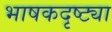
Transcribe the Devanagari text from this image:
भाषकदृष्ट्या